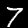
Digit: 7